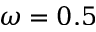
\omega = 0 . 5